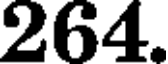
264.